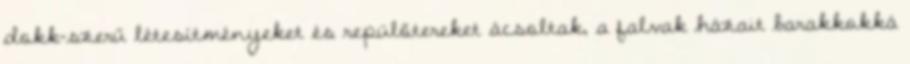
dokk-szerű létesítményeket és repülőtereket ácsoltak, a falvak házait barakkokká